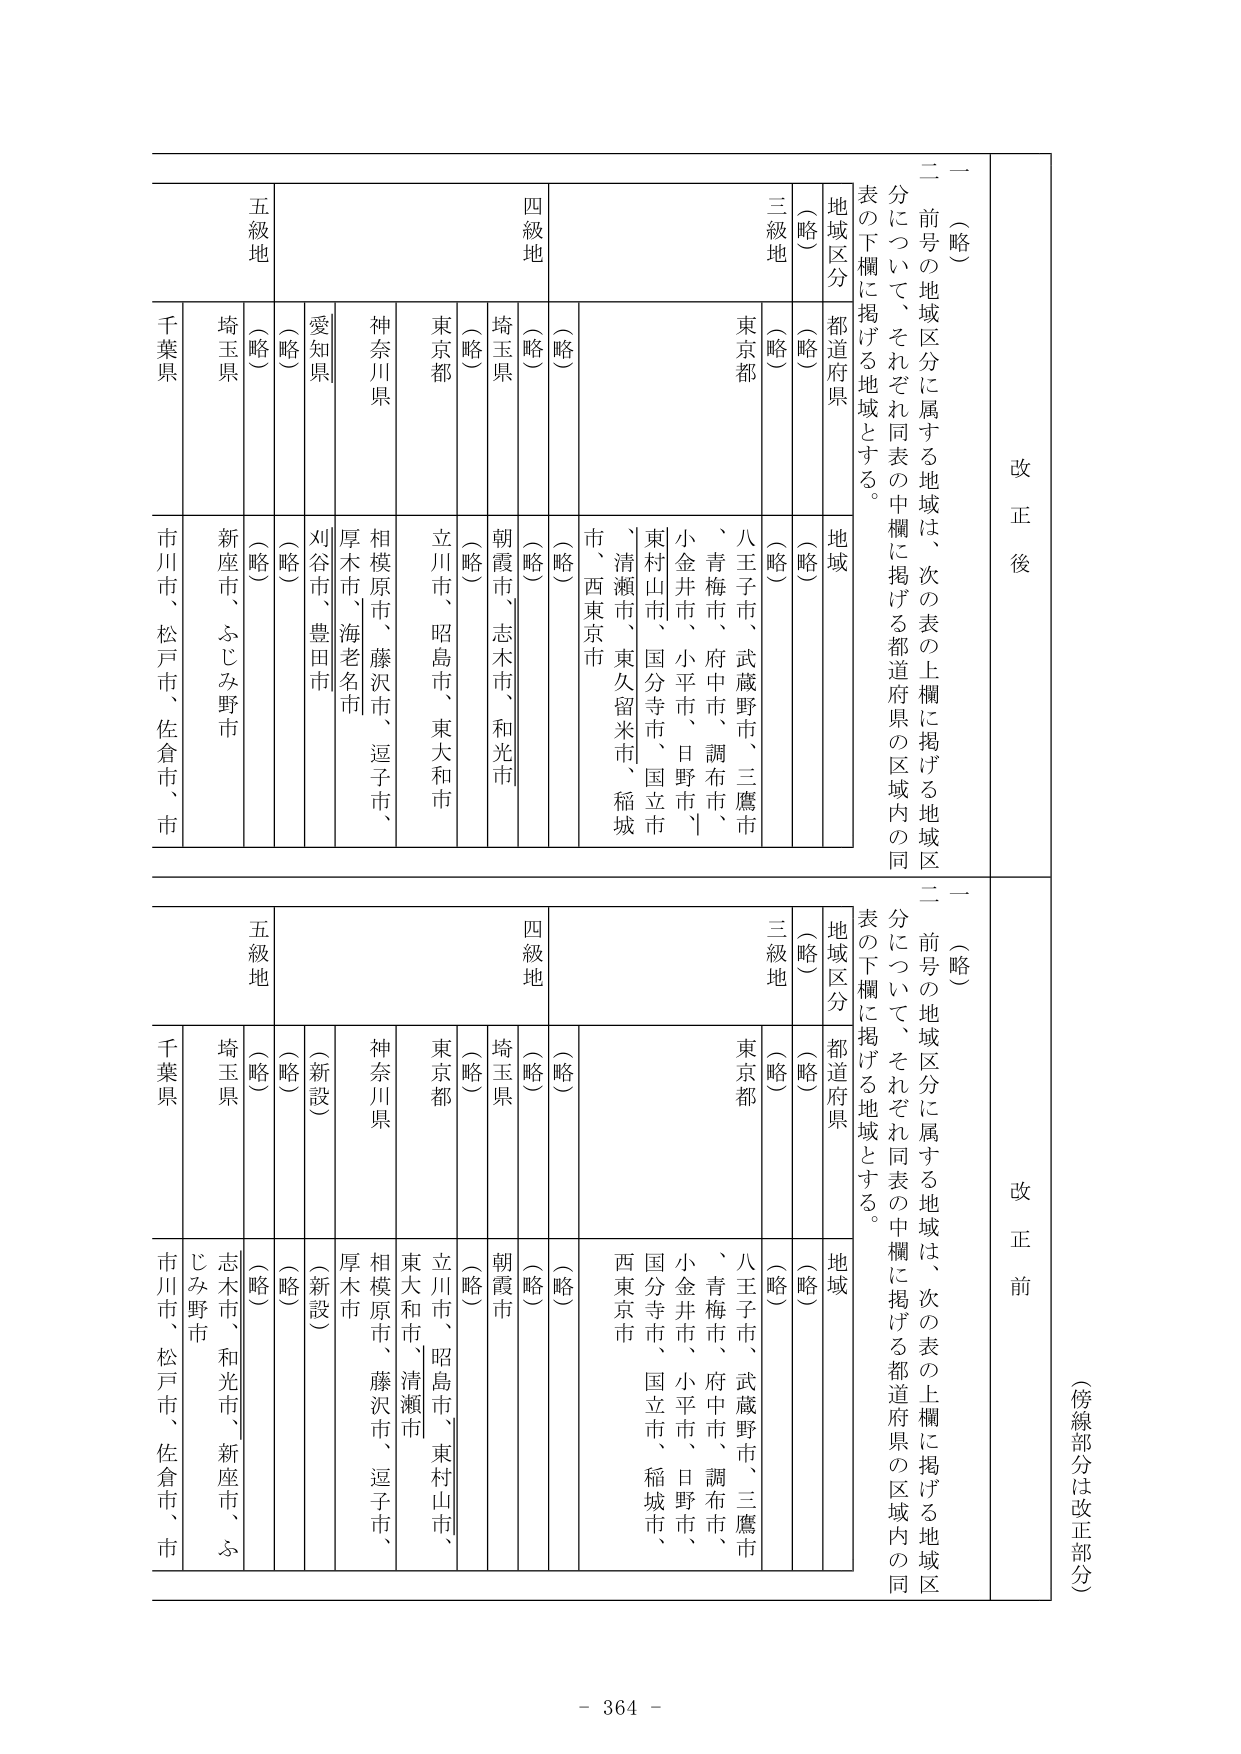
改正後
一（略）
二 前号の地域区分に属する地域は、次の表の上欄に掲げる地域区分について、それぞれ同表の中欄に掲げる都道府県の区域内の同表の下欄に掲げる地域とする。
地域区分
都道府県
地域
三級地
（略）
（略）
（略）
東京都
八王子市、武蔵野市、三鷹市、青梅市、府中市、調布市、小金井市、小平市、日野市、東村山市、国分寺市、国立市、清瀬市、東久留米市、稲城市、西東京市
四級地
（略）
（略）
（略）
埼玉県
朝霞市、志木市、和光市
（略）
東京都
立川市、昭島市、東大和市
神奈川県
相模原市、藤沢市、逗子市、厚木市、海老名市
愛知県
刈谷市、豊田市
（略）
（略）
五級地
（略）
埼玉県
新座市、ふじみ野市
千葉県
市川市、松戸市、佐倉市、市

改正前
一（略）
二 前号の地域区分に属する地域は、次の表の上欄に掲げる地域区分について、それぞれ同表の中欄に掲げる都道府県の区域内の同表の下欄に掲げる地域とする。
地域区分
都道府県
地域
三級地
（略）
（略）
（略）
東京都
八王子市、武蔵野市、三鷹市、青梅市、府中市、調布市、小金井市、小平市、日野市、国分寺市、国立市、稲城市、西東京市
四級地
（略）
（略）
（略）
埼玉県
朝霞市
（略）
東京都
立川市、昭島市、東村山市、東大和市、清瀬市
神奈川県
相模原市、藤沢市、逗子市、厚木市
（新設）
愛知県
（新設）
（略）
（略）
五級地
（略）
埼玉県
志木市、和光市、新座市、ふじみ野市
千葉県
市川市、松戸市、佐倉市、市

（傍線部分は改正部分）
- 364 -